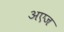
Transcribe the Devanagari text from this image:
अएज